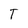
Character: T